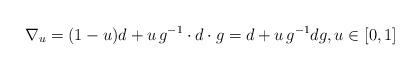
LaTeX: \begin{align*}\nabla_u=(1-u)d+u\,g^{-1}\cdot d\cdot g= d+ u\,g^{-1}dg, u\in [0,1]\end{align*}